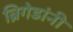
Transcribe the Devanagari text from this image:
ब्रिगेडांनी